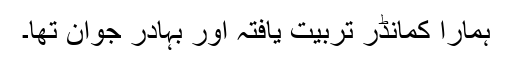
ہمارا کمانڈر تربیت یافتہ اور بہادر جوان تھا۔